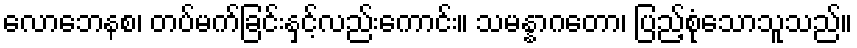
လောဘေနစ၊ တပ်မက်ခြင်းနှင့်လည်းကောင်း။ သမန္နာဂတော၊ ပြည့်စုံသောသူသည်။